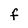
Character: f